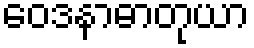
ဝေဒနာဓာတုယာ